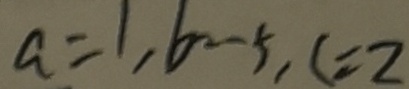
a = 1 , b = - 5 , c = 2